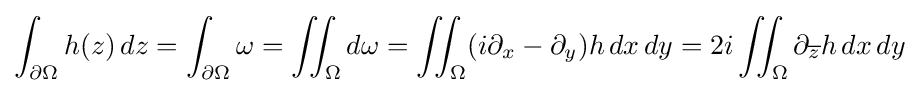
\int _{\partial \Omega }h(z)\,dz=\int _{\partial \Omega }\omega =\iint _{\Omega }d\omega =\iint _{\Omega }(i\partial _{x}-\partial _{y})h\,dx\,dy=2i\iint _{\Omega }\partial _{\overline {z}}h\,dx\,dy